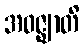
အဝဇ္ဈာတိ